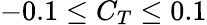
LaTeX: -0.1\leq C_{T}\leq 0.1